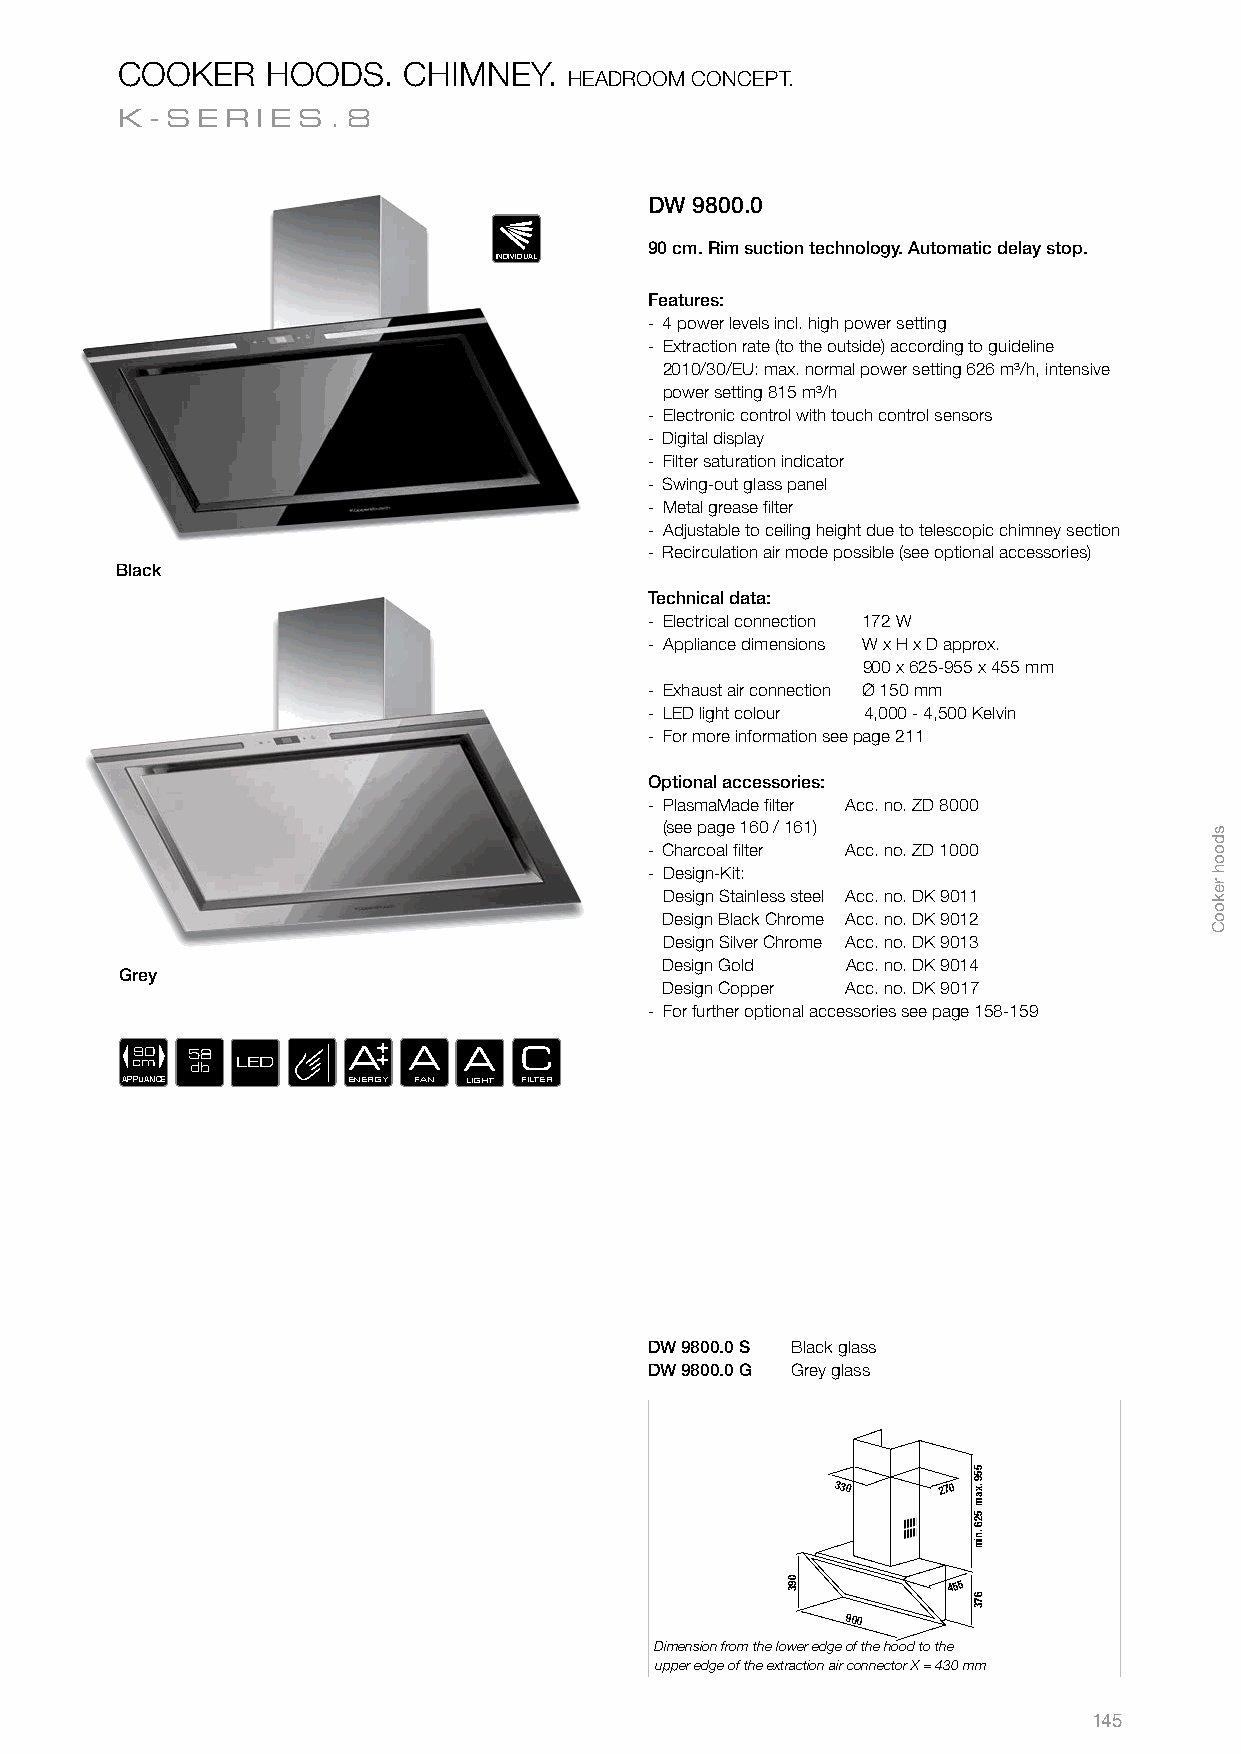
COOKER    HOODS.   CHIMNEY.
 HEADROOM CONCEPT.
 K-SER    IES.8
 DW 9800.0
 90 cm. Rim suction technology. Automatic delay stop.
 INDIVIDUAL
 Features:
 - 4 power levels incl. high power setting
 - Extraction rate (to the outside) according to guideline
 2010/30/EU: max. normal power setting 626 m³/h, intensive
 power setting 815 m³/h
 - Electronic control with touch control sensors
 - Digital display
 - Filter saturation indicator
 - Swing-out glass panel
 - Metal grease fi lter
 - Adjustable to ceiling height due to telescopic chimney section
 - Recirculation air mode possible (see optional accessories)
 Black
 Technical data:
 - Electrical connection 172 W
 - Appliance dimensions W x H x D approx.
 900 x 625-955 x 455 mm
 - Exhaust air connection Ø 150 mm
 - LED light colour 4,000 - 4,500 Kelvin
 - For more information see page 211
 Optional accessories:
 - PlasmaMade fi lter Acc. no. ZD 8000
 (see page 160 / 161)
 - Charcoal fi lter Acc. no. ZD 1000
 - Design-Kit:
 Design Stainless steel Acc. no. DK 9011
 Design Black Chrome Acc. no. DK 9012
 Design Silver Chrome Acc. no. DK 9013
 Design Gold Acc. no. DK 9014
 Grey
 Design Copper Acc. no. DK 9017
 - For further optional accessories see page 158-159
 90 58         A   A   A  C
 cm  db LED
 APPLIANCE      ENERGY FAN LIGHT FILTER
 DW 9800.0 S Black glass
 DW 9800.0 G Grey glass
 330    270 max.
 955
 min.
 625
 390        455
 376
 900
 Dimension from the lower edge of the hood to the
 upper edge of the extraction air connector X = 430 mm
 145
 sdooh
 rekooC